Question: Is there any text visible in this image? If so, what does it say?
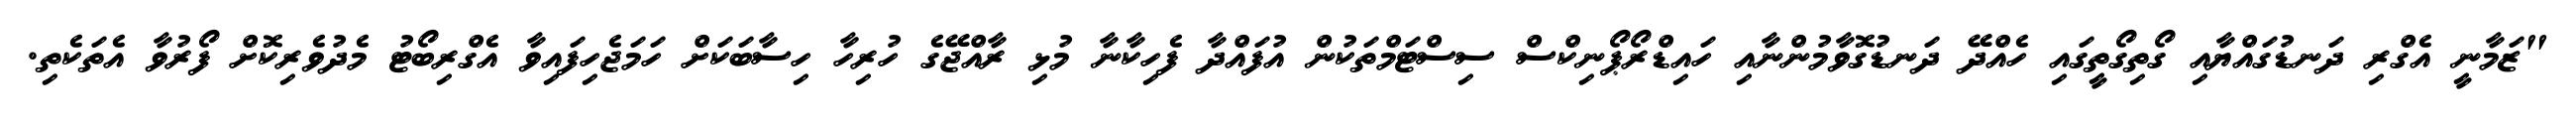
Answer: "ޒަމާނީ އެގްރި ދަނޑުގައްޔާއި ގޯތިގޯތީގައި ހެއްދޭ ދަނޑުގޮވާމުންނާއި ހައިޑްރޯޕޯނިކްސް ސިސްޓަމްތަކުން އުފައްދާ ފެހިކާނާ މުޅި ރާއްޖޭގެ ހުރިހާ ހިސާބަކަށް ހަމަޖެހިފައިވާ އެގްރިބޯޓު މެދުވެރިކޮށް ފޯރުވާ އެތަކެތި.